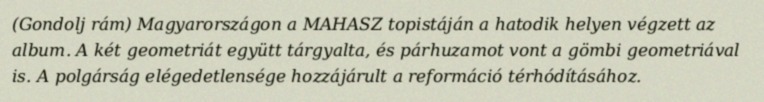
(Gondolj rám) Magyarországon a MAHASZ topistáján a hatodik helyen végzett az album. A két geometriát együtt tárgyalta, és párhuzamot vont a gömbi geometriával is. A polgárság elégedetlensége hozzájárult a reformáció térhódításához.